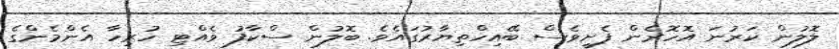
ލޮލުން ކަރުނަ އޮހޮރެން ފެށީވެސް ބޭއިހްތިޔާރުގައެވެ. ބޮލުން ސްކާފު ވެއްޓި ހުރިހާ އެންމެންގެ